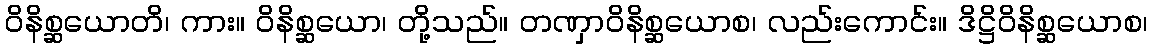
ဝိနိစ္ဆယောတိ၊ ကား။ ဝိနိစ္ဆယော၊ တို့သည်။ တဏှာဝိနိစ္ဆယောစ၊ လည်းကောင်း။ ဒိဋ္ဌိဝိနိစ္ဆယောစ၊